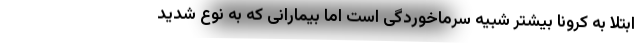
ابتلا به کرونا بیشتر شبیه سرماخوردگی است اما بیمارانی که به نوع شدید